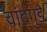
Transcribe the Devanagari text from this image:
चांदगुडे